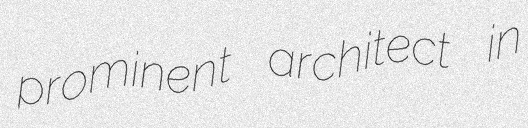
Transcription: prominent architect in